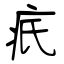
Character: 疧